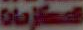
المكازمات